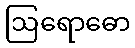
ဩရောဓော